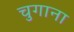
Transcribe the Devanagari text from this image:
चुगाना